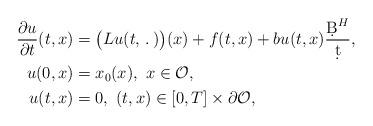
LaTeX: \begin{align*}\frac{\partial u}{\partial t}(t,x)&=\big(Lu(t,\,.\,)\big)(x)+f(t,x)+bu(t,x)\frac{\d B^H}{\d t},\\u(0,x)&=x_0(x),\ x\in \mathcal{O},\\u(t,x)&=0,\ (t,x)\in [0,T]\times \partial\mathcal{O},\end{align*}